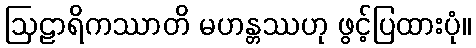
ဩဠာရိကဿာတိ မဟန္တဿဟု ဖွင့်ပြထားပုံ။